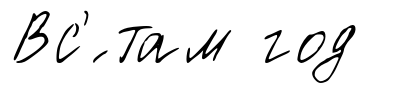
Вс'́ там год